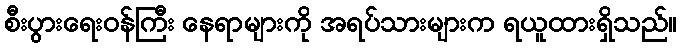
စီးပွားရေးဝန်ကြီး နေရာများကို အရပ်သားများက ရယူထားရှိသည်။